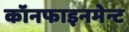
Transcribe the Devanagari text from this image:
कॉनफाइनमेन्ट